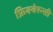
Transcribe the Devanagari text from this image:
फ्रिक्वेस्न्सी